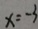
x = - 3